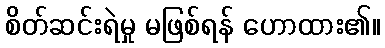
စိတ်ဆင်းရဲမှု မဖြစ်ရန် ဟောထား၏။